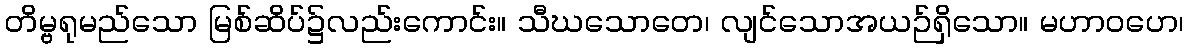
တိမ္ဗရုမည်သော မြစ်ဆိပ်၌လည်းကောင်း။ သီဃသောတေ၊ လျင်သောအယဉ်ရှိသော။ မဟာဝဟေ၊